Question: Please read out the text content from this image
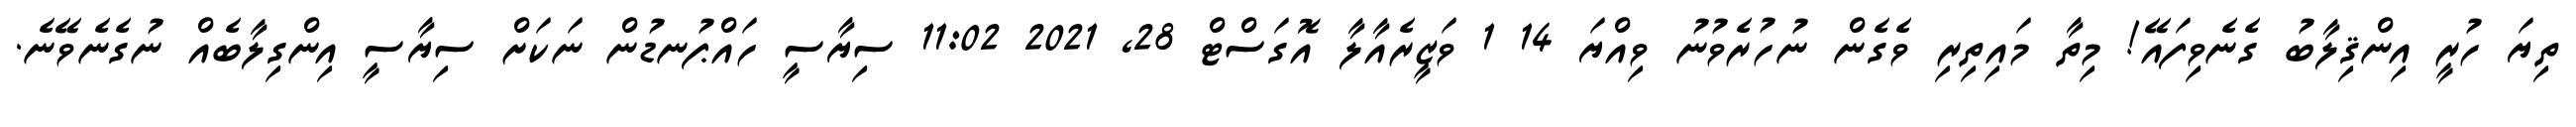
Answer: ތިޔަ ހުރީ އިންޤިލާބު ގެނެވިފައޭ! މިތާ މައިތިރި ވެގެން ނުހުރެވުނު ވިއްޔަ 14 1 ވަޒީރެއާލާ އޮގަސްޓް 28, 2021 11:02 ސިޔާސީ ހައްޕުނޑުން ނަކަށް ސިޔާސީ އިންގިލާބެއް ނުގެނެވޭނެ.